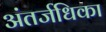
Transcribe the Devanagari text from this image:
अंतर्जधिका